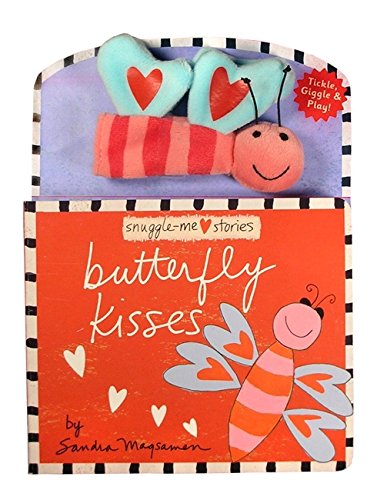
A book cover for Butterfly Kisses (Board Books with Plush Toys); Sandra Magsamen; Children's Books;